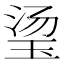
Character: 𬍡